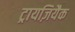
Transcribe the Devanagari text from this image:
ट्रायज़ियैक